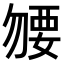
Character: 𧟰